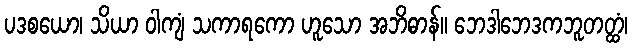
ပဒစယော၊ သိယာ ဝါကျံ သကာရကော ဟူသော အဘိဓာန်။ ဘေဒါဘေဒကဘူတတ္ထံ၊